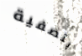
بتصفية